画像に写った文字を読んでください
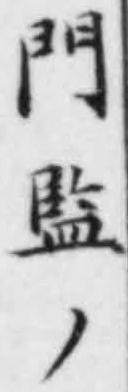
「門監ノ」と書いてあります